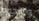
والنجوم